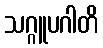
သဂ္ဂူပဂါတိ